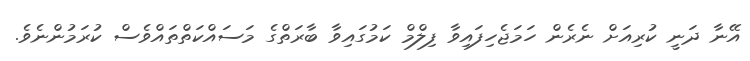
އޭނާ ދަނީ ކުރިއަށް ނެރެން ހަމަޖެހިފައިވާ ފިލްމް ކަމުގައިވާ ބާރަތްގެ މަސައްކަތްތައްވެސް ކުރަމުންނެވެ.